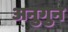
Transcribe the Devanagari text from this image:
अनुगुन